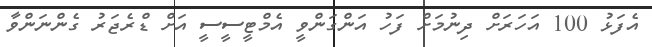
އެފަޅު 100 އަހަރަށް ދިނުމަށް ފަހު އަންގަންވީ އެމްޓީސީސީ އަށް ޑްރެޖަރު ގެންނަންވާ